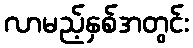
လာမည့်နှစ်အတွင်း